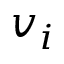
v _ { i }